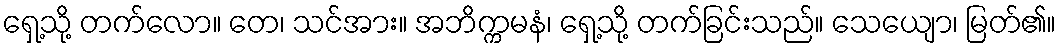
ရှေ့သို့ တက်လော။ တေ၊ သင်အား။ အဘိက္ကမနံ၊ ရှေ့သို့ တက်ခြင်းသည်။ သေယျော၊ မြတ်၏။